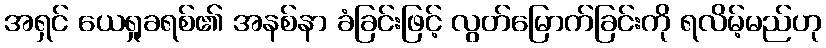
အရှင် ယေရှုခရစ်၏ အနစ်နာ ခံခြင်းဖြင့် လွတ်မြောက်ခြင်းကို ရလိမ့်မည်ဟု